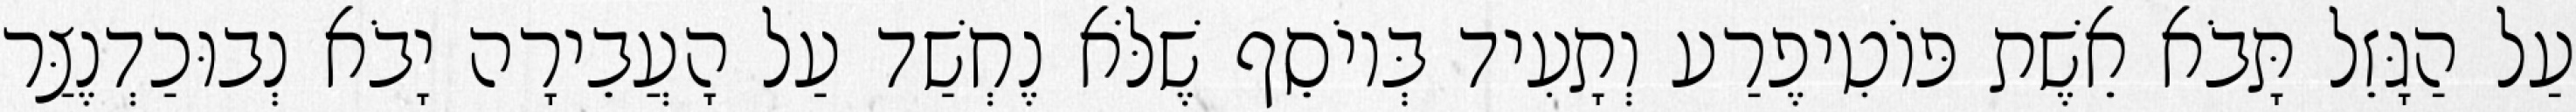
עַל הַגָּזֵל תָּבֹא אֵשֶׁת פּוֹטִיפֶרַע וְתָעִיד בְּיוֹסֵף שֶׁלֹּא נֶחְשַׁד עַל הָעֲבֵירָה יָבֹא נְבוּכַדְנֶצַּר